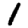
Digit: 1